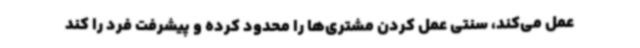
عمل می‌کند، سنتی عمل کردن مشتری‌ها را محدود کرده و پیشرفت فرد را کند